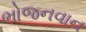
ભોજનવાન